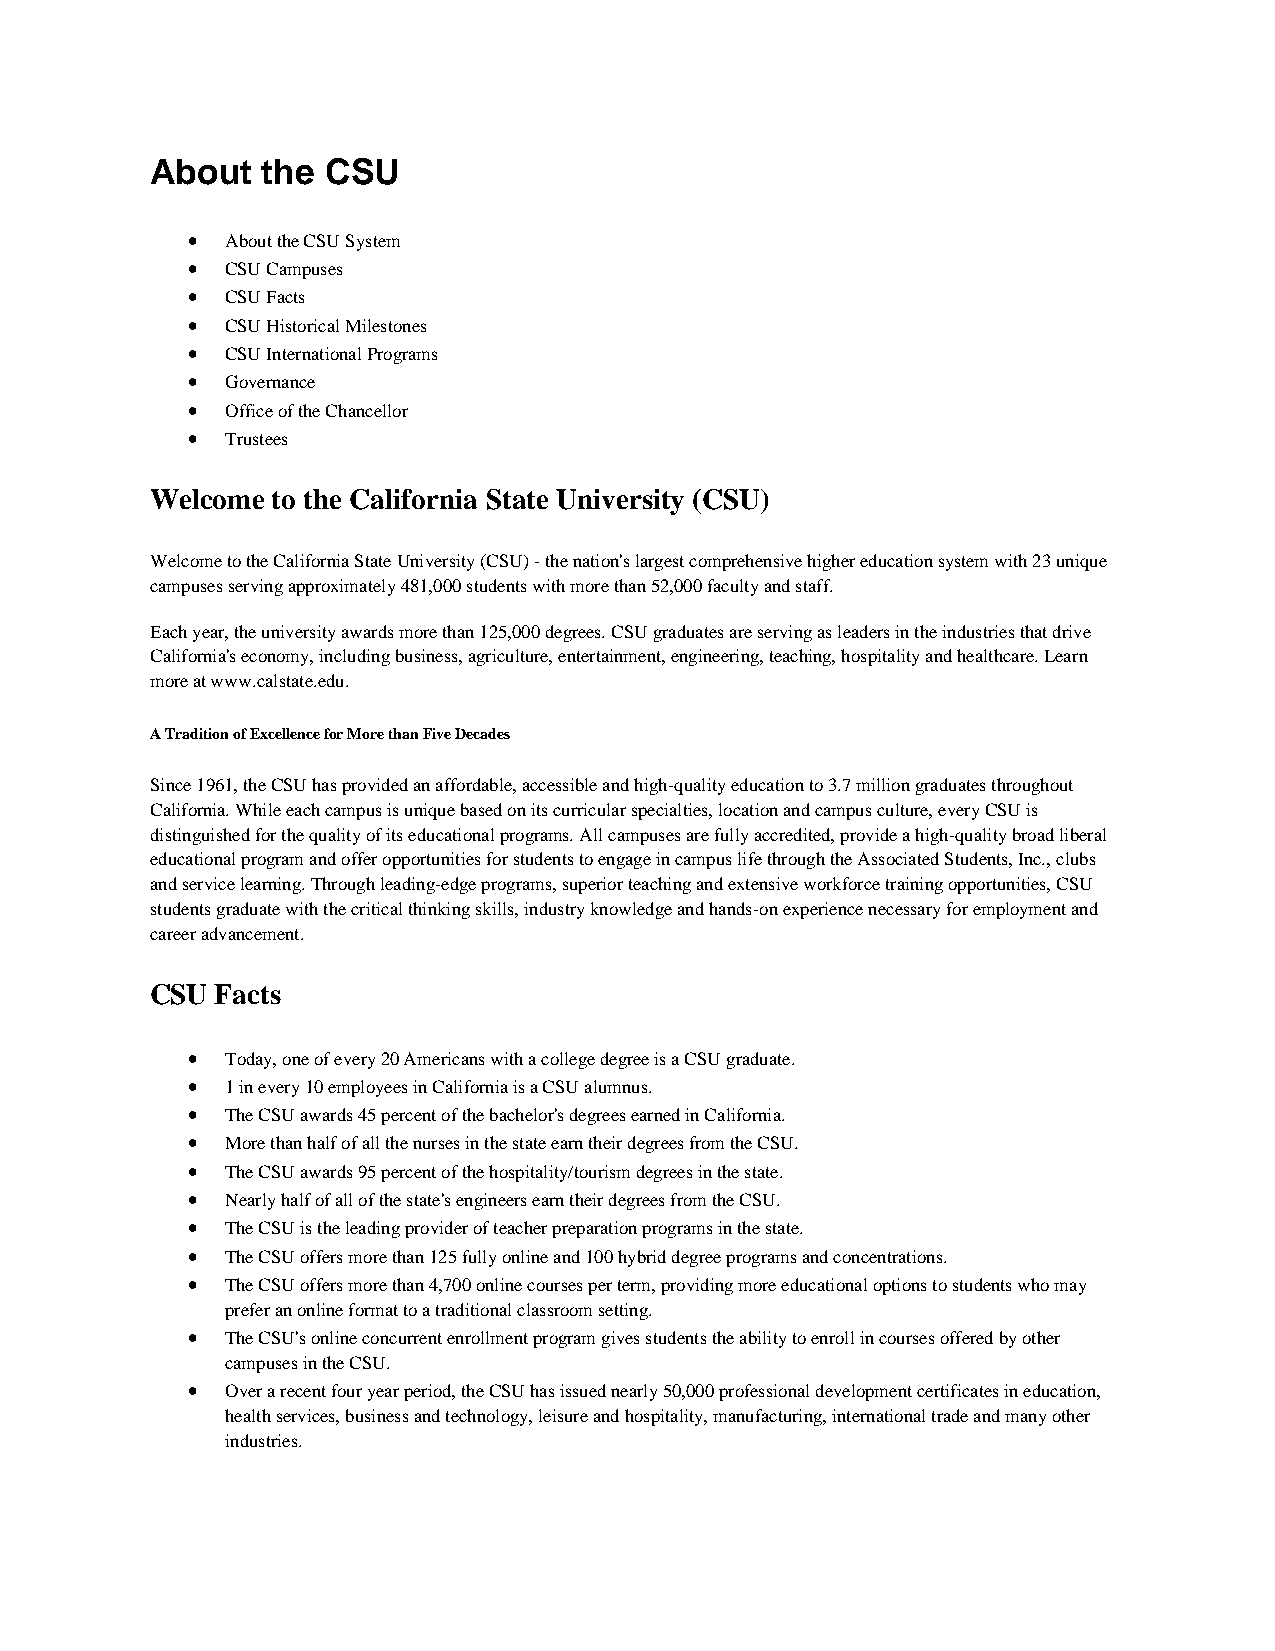
About  the  CSU
 •  About the CSU System
 •  CSU Campuses
 •  CSU Facts
 •  CSU Historical Milestones
 •  CSU International Programs
 •  Governance
 •  Office of the Chancellor
 •  Trustees
 Welcome to the California State University (CSU)
 Welcome to the California State University (CSU) - the nation's largest comprehensive higher education system with 23 unique
 campuses serving approximately 481,000 students with more than 52,000 faculty and staff.
 Each year, the university awards more than 125,000 degrees. CSU graduates are serving as leaders in the industries that drive
 California's economy, including business, agriculture, entertainment, engineering, teaching, hospitality and healthcare. Learn
 more at www.calstate.edu.
 A Tradition of Excellence for More than Five Decades
 Since 1961, the CSU has provided an affordable, accessible and high-quality education to 3.7 million graduates throughout
 California. While each campus is unique based on its curricular specialties, location and campus culture, every CSU is
 distinguished for the quality of its educational programs. All campuses are fully accredited, provide a high-quality broad liberal
 educational program and offer opportunities for students to engage in campus life through the Associated Students, Inc., clubs
 and service learning. Through leading-edge programs, superior teaching and extensive workforce training opportunities, CSU
 students graduate with the critical thinking skills, industry knowledge and hands-on experience necessary for employment and
 career advancement.
 CSU Facts
 •  Today, one of every 20 Americans with a college degree is a CSU graduate.
 •  1 in every 10 employees in California is a CSU alumnus.
 •  The CSU awards 45 percent of the bachelor's degrees earned in California.
 •  More than half of all the nurses in the state earn their degrees from the CSU.
 •  The CSU awards 95 percent of the hospitality/tourism degrees in the state.
 •  Nearly half of all of the state's engineers earn their degrees from the CSU.
 •  The CSU is the leading provider of teacher preparation programs in the state.
 •  The CSU offers more than 125 fully online and 100 hybrid degree programs and concentrations.
 •  The CSU offers more than 4,700 online courses per term, providing more educational options to students who may
 prefer an online format to a traditional classroom setting.
 •  The CSU's online concurrent enrollment program gives students the ability to enroll in courses offered by other
 campuses in the CSU.
 •  Over a recent four year period, the CSU has issued nearly 50,000 professional development certificates in education,
 health services, business and technology, leisure and hospitality, manufacturing, international trade and many other
 industries.